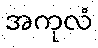
အကုလံ